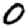
Digit: 0